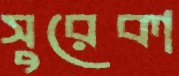
সুরেকা